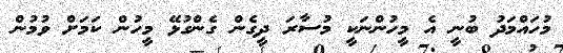
މުހައްމަދު ބުނީ އެ މީހުންނަކީ މުސާރަ ދީގެން ގެންގުޅޭ މީހުން ކަމަށް ވުމުން